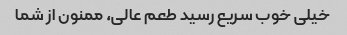
خیلی خوب سریع رسید طعم عالی، ممنون از شما